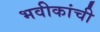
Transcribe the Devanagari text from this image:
भवीकांची